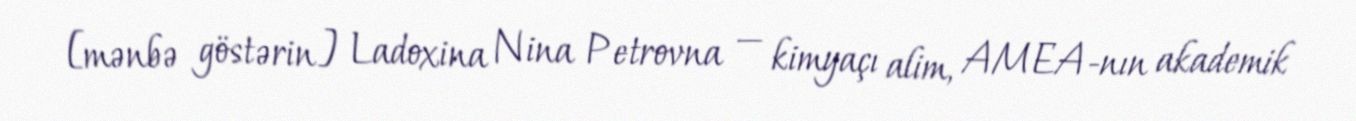
[mənbə göstərin] Ladoxina Nina Petrovna — kimyaçı alim, AMEA-nın akademik